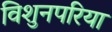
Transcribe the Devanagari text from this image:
विशुनपरिया